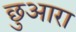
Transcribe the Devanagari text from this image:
छुआरा